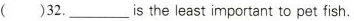
( )32.___ is the least important to pet fish.